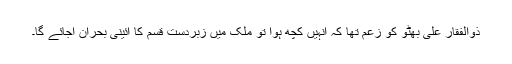
ذوالفقار علی بھٹو کو زُعم تھا کہ انہیں کچھ ہوا تو ملک میں زبردست قسم کا آئینی بحران آجائے گا۔